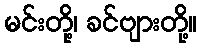
မင်းတို့၊ ခင်ဗျားတို့။